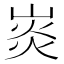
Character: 𤈹